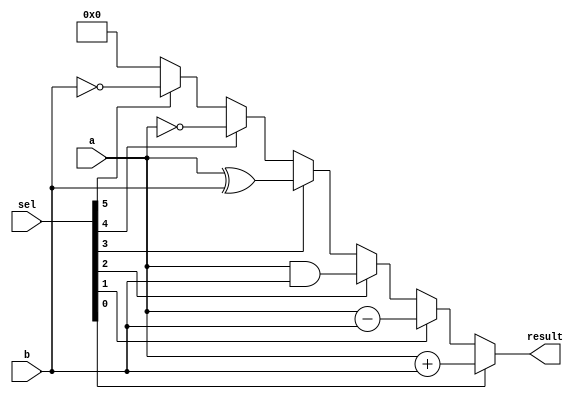
module test4_c(input [5:0] sel,
input [3:0] a,b,
output reg [3:0] result);

always @(*) begin
	result = 4'b0;
	casex(1'b1)
		sel[0]: result = a + b;
		sel[1]: result = a - b;
		sel[2]: result = a & b;
		sel[3]: result = a ^+ b;
		sel[4]: result = ~a;
		sel[5]: result = ~b;
	endcase
end

endmodule